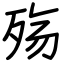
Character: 殇